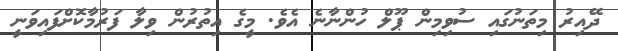
ދޭއިރު މިތަނުގައި ސުވިމިން ޕޫލް ހުންނާނެ އެވެ. މީގެ އިތުރުން ވިލާ ފަރުމާކޮށްފައިވަނީ